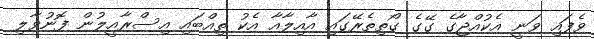
ވެފައި ވަނީ އެކުއްޖާގެ ގޭގެ ގޯތިތެރޭގައި އާއިލާއާ އެކު ތިއްބައި އިސްރާއީލުން ފޮނުވާލި